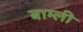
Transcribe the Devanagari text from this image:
बाम्ली